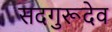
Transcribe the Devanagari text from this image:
सदगुरूदेव